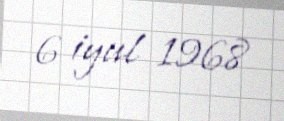
6 iyul 1968